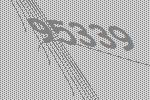
95339